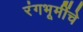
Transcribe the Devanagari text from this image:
रंगभूमींचे